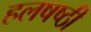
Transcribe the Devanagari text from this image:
हलषष्ठी